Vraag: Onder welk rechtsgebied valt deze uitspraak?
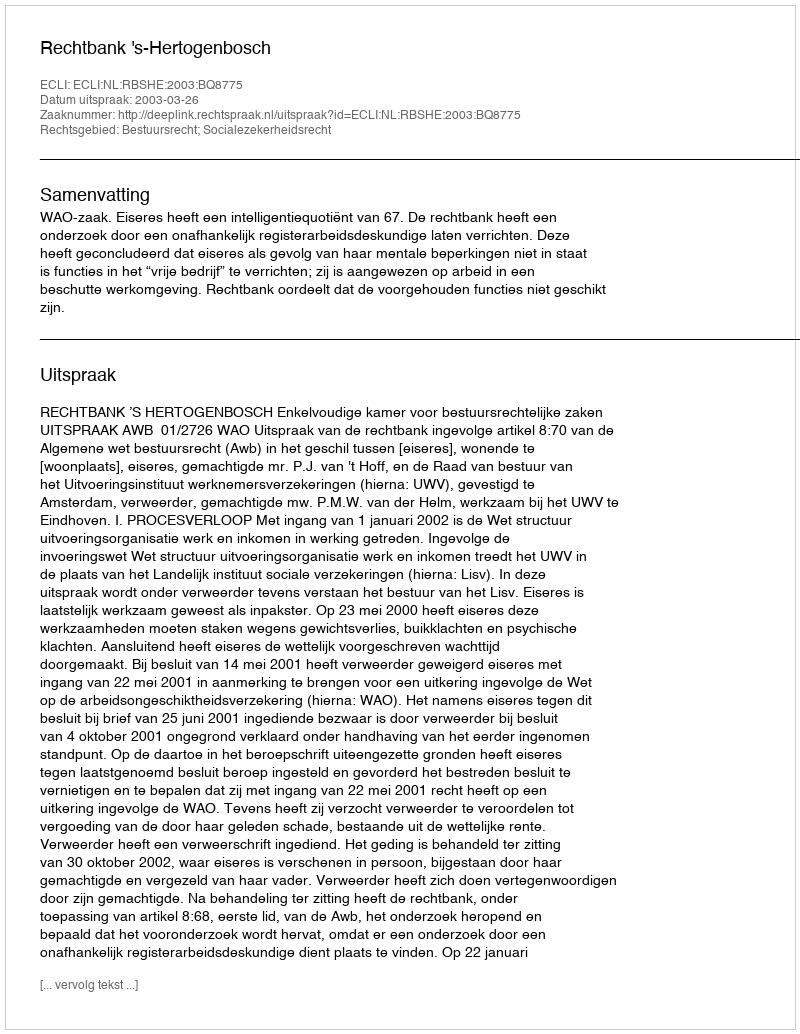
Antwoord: Bestuursrecht; Socialezekerheidsrecht